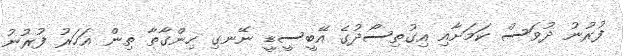
ފުރުނު ދުވަސް ކަމަށާއި އިގުތިސޯދުގެ އޭބީސީޑީ ނޭނގި ހިންގާތާ ތިން އަހަރު ފުރުނު